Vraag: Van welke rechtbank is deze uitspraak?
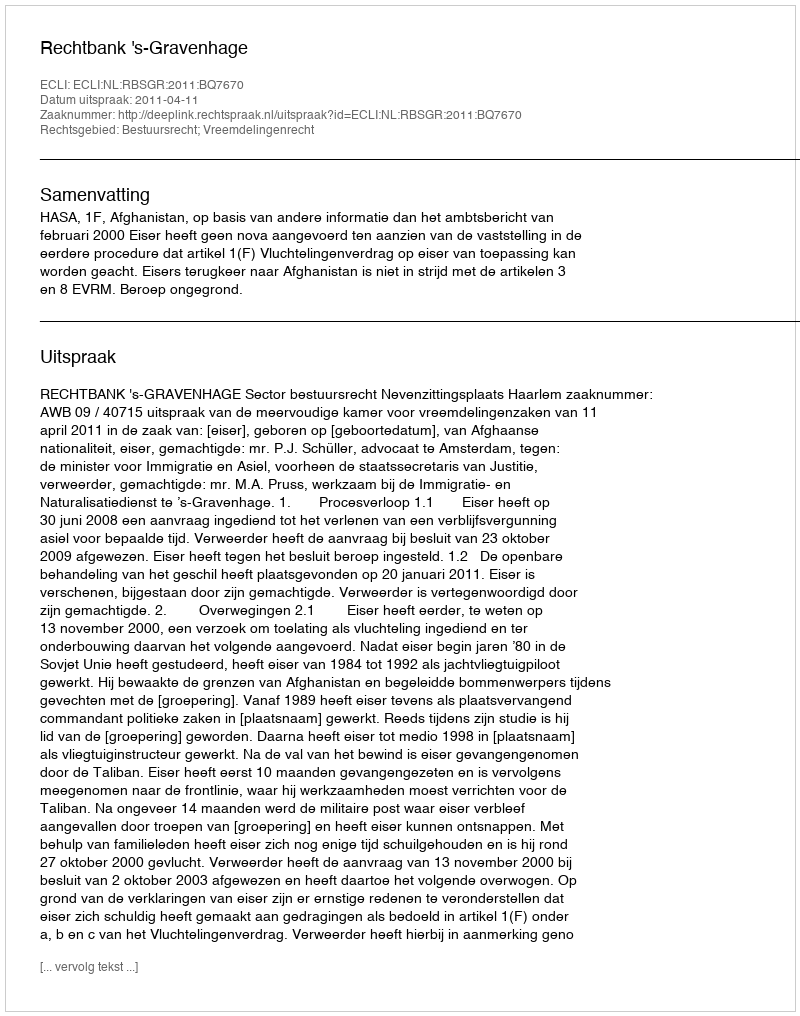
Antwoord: Rechtbank 's-Gravenhage